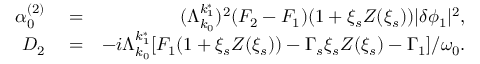
\begin{array} { r l r } { \alpha _ { 0 } ^ { ( 2 ) } } & { { } = } & { ( \Lambda _ { k _ { 0 } } ^ { k _ { 1 } ^ { * } } ) ^ { 2 } ( F _ { 2 } - F _ { 1 } ) ( 1 + \xi _ { s } Z ( \xi _ { s } ) ) \lvert \delta \phi _ { 1 } \rvert ^ { 2 } , } \\ { D _ { 2 } } & { { } = } & { - i \Lambda _ { k _ { 0 } } ^ { k _ { 1 } ^ { * } } [ F _ { 1 } ( 1 + \xi _ { s } Z ( \xi _ { s } ) ) - \Gamma _ { s } \xi _ { s } Z ( \xi _ { s } ) - \Gamma _ { 1 } ] / \omega _ { 0 } . } \end{array}